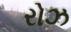
રોઝ